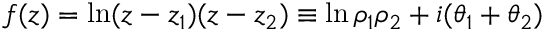
f ( z ) = \ln ( z - z _ { 1 } ) ( z - z _ { 2 } ) \equiv \ln \rho _ { 1 } \rho _ { 2 } + i ( \theta _ { 1 } + \theta _ { 2 } )